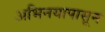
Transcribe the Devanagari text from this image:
अभिनयापासून